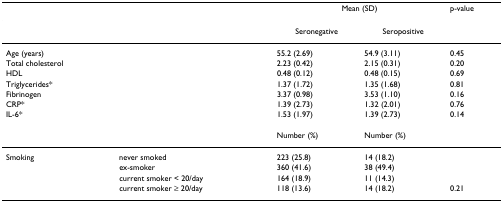
|  |  | <COLSPAN=2> Mean (SD) | p-value |
 | --- | --- | --- | --- | --- |
 |  |  | Seronegative | Seropositive |  |
 | Age (years) |  | 55.2 (2.69) | 54.9 (3.11) | 0.45 |
 | Total cholesterol |  | 2.23 (0.42) | 2.15 (0.31) | 0.20 |
 | HDL |  | 0.48 (0.12) | 0.48 (0.15) | 0.69 |
 | Triglycerides* |  | 1.37 (1.72) | 1.35 (1.68) | 0.81 |
 | Fibrinogen |  | 3.37 (0.98) | 3.53 (1.10) | 0.16 |
 | CRP* |  | 1.39 (2.73) | 1.32 (2.01) | 0.76 |
 | IL-6* |  | 1.53 (1.97) | 1.39 (2.73) | 0.14 |
 |  |  | Number (%) | Number (%) |  |
 | Smoking | never smoked | 223 (25.8) | 14 (18.2) |  |
 |  | ex-smoker | 360 (41.6) | 38 (49.4) |  |
 |  | current smoker < 20/day | 164 (18.9) | 11 (14.3) |  |
 |  | current smoker ≥ 20/day | 118 (13.6) | 14 (18.2) | 0.21 |